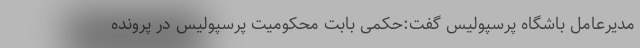
مدیرعامل باشگاه پرسپولیس گفت:حکمی بابت محکومیت پرسپولیس در پرونده